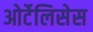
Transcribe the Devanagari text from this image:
ओर्टेलिसेस